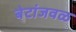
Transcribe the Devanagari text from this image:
बेटांजवळ